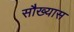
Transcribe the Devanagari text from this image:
सौख्यास